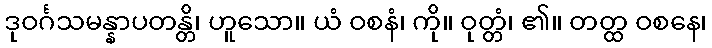
ဒုဝင်္ဂသမန္နာပတန္တိ၊ ဟူသော။ ယံ ဝစနံ၊ ကို။ ဝုတ္တံ၊ ၏။ တတ္ထ ဝစနေ၊